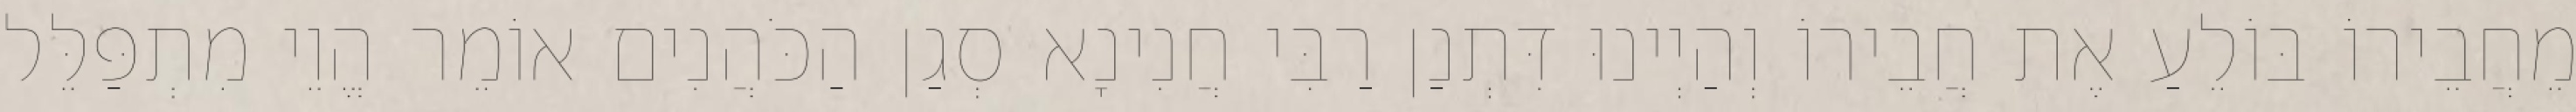
מֵחֲבֵירוֹ בּוֹלֵעַ אֶת חֲבֵירוֹ וְהַיְינוּ דִּתְנַן רַבִּי חֲנִינָא סְגַן הַכֹּהֲנִים אוֹמֵר הֱוֵי מִתְפַּלֵּל